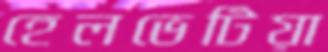
হেলভেটিয়া